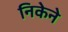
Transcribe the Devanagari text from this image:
निकेने